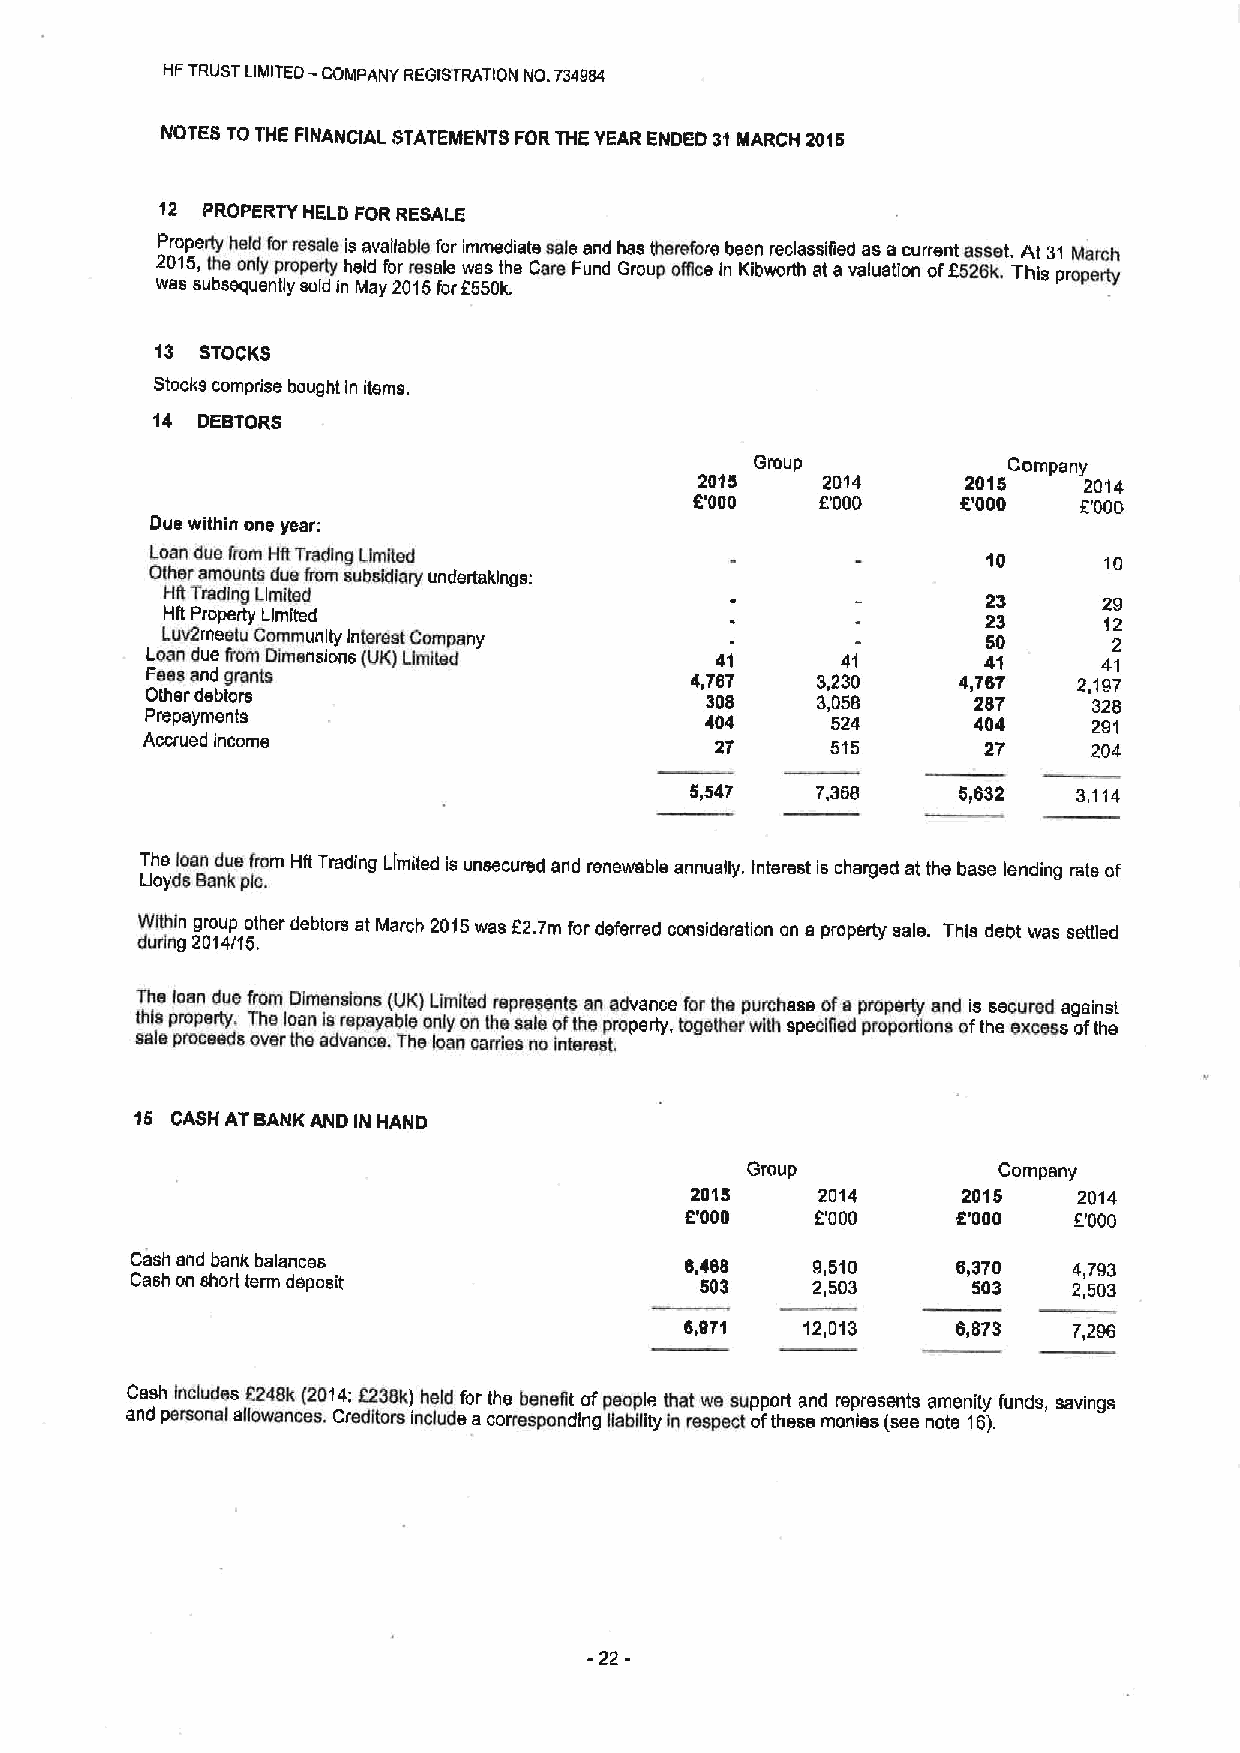
-
 HFTRUST LIMITED COMPANY REGISTRATION NO.734984
 NOTES TO THE FINANCIAL STATEMENTS FORTHE YEAR ENDED 31MARCH 2015
 12 PROPERTY HELD FOR RESALE
 2 wP 0r ao s1p 5e s,r ut t by h se eh qe o ul n ed l ny tf lyo pr ror pe se os ra lt dl ye inhis e Mla d av ya fi ol 2a rb 0rl 1e e 5saf flo oer r2wim 5s 5m s 0e ktd h .ia ste Cas ra ele Fua nn dd h Ga rs out phe ore Nfo cr ee Inbe Ke in bwr oe rc thlass aif tie ad vaa lus ata ioncurr oe fnt 25a 2s 6s ke .t. TA hit s31 proM pea rr tc yh
 13 STOCKS
 Stocks comprise bought In items.
 14 DEBTORS
 Group            Company
 2015    2014      2015    2014
 6'000   E'000     E'000   E'000
 Due within one year:
 Loan due from HRTrading Limited                        10      10
 Cher amounts dus from subsidiary undertakings:
 HSTrading LIm5sd                                      23      29
 Hft Property Limited                                  23      12
 Luv2rneetu Community Interact Company                 50       2
 Lean due fmm Dknensions (UK) Limflsd 41       41       41      41
 Feesend grants                      4,787   3,230    4,767   2,197
 Other debtors                        308    3,050      287    320
 Prepayments                          404     524      404     291
 Accrued income                        2'7     515       27     204
 5,547   7,360    5,632   3,114
 The loan due from Hit Trading LImited is unsecured and renewable annually. Interest is charged at ths base lending rate of
 Lloyds Bank pB.
 Within group other debtors at March 2015was E2.7m for deferred consideration on a property sale. This debt was settled
 during 2014/15.
 The loan due from Dlmenidons (UK) Limited represents an advance for Iha purchase ofa property and is secured against
 gtls property, Ths loan Isrepayabkr only on the sale oflhs properly, together with spsclgsd props/gona ofthe encase ofthe
 sale proceeds over the advance. The loan carries no interest
 15 CASH AT BANK AND IN HAND
 Group            Company
 2015    2014      2015   2014
 6'000    2'000    E'000   f.'000
 Cash and bank balances              8,468    9,510    6,370   4,793
 Cash on short term deposit           503     2,503     503    2,503
 6,071   12,013    6,873   7,290
 Cash includes 2248k (2014:f238k) held for the bensgt ofpeople that we support and represents amenity funds, savings
 and personal allowances. Creditors include acornsspondlng liability In respect ofthese monies (see nota 16).
 -22